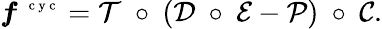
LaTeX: \boldsymbol f^{\mathrm{~\scriptsize~c~y~c~}}=\mathcal T~\circ~(\mathcal D~\circ~\mathcal E-\mathcal P)~\circ~\mathcal C.